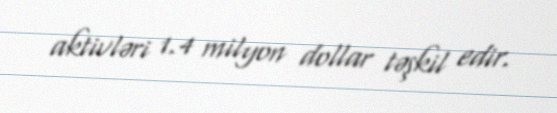
aktivləri 1.4 milyon dollar təşkil edir.